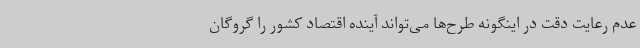
عدم رعایت دقت در اینگونه طرح‌ها می‌تواند آینده اقتصاد کشور را گروگان